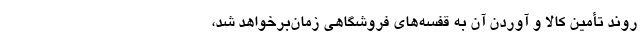
روند تأمین کالا و آوردن آن به قفسه‌های فروشگاهی زمان‌برخواهد شد،